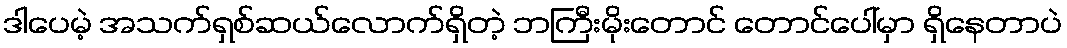
ဒါပေမဲ့ အသက်ရှစ်ဆယ်လောက်ရှိတဲ့ ဘကြီးမိုးတောင် တောင်ပေါ်မှာ ရှိနေတာပဲ